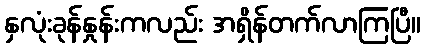
နှလုံးခုန်နှုန်းကလည်း အရှိန်တက်လာကြပြီ။